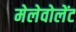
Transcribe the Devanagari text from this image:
मेलेवोलेंट